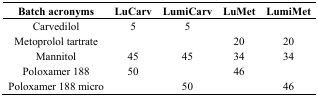
<table><thead><tr><td><b>Batch acronyms</b></td><td><b>LuCarv</b></td><td><b>LumiCarv</b></td><td><b>LuMet</b></td><td><b>LumiMet</b></td></tr></thead><tbody><tr><td>Carvedilol</td><td>5</td><td>5</td><td>[EMPTY_CELL]</td><td>[EMPTY_CELL]</td></tr><tr><td>Metoprolol tartrate</td><td>[EMPTY_CELL]</td><td>[EMPTY_CELL]</td><td>20</td><td>20</td></tr><tr><td>Mannitol</td><td>45</td><td>45</td><td>34</td><td>34</td></tr><tr><td>Poloxamer 188</td><td>50</td><td>[EMPTY_CELL]</td><td>46</td><td>[EMPTY_CELL]</td></tr><tr><td>Poloxamer 188 micro</td><td>[EMPTY_CELL]</td><td>50</td><td>[EMPTY_CELL]</td><td>46</td></tr></tbody></table>